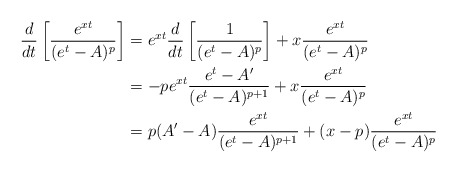
\begin{align*}\frac{d}{dt}\left[\frac{e^{xt}}{(e^t-A)^p}\right] & = e^{xt}\frac{d}{dt}\left[\frac{1}{(e^t-A)^p}\right] +x\frac{e^{xt}}{(e^t-A)^p} \\& =-pe^{xt}\frac{e^t-A'}{(e^t-A)^{p+1}} +x\frac{e^{xt}}{(e^t-A)^p} \\& =p(A'-A)\frac{e^{xt}}{(e^t-A)^{p+1}} +(x-p)\frac{e^{xt}}{(e^t-A)^p} \end{align*}